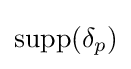
\operatorname {supp} (\delta _{p})